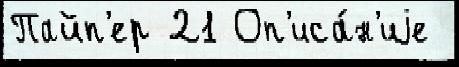
Пайп'ер 21 Оп'иса́н'иjе